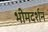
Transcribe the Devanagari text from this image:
भीमदर्शन